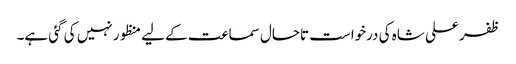
ظفر علی شاہ کی درخواست تاحال سماعت کے لیے منظور نہیں کی گئی ہے۔